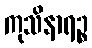
ကုသိနာရဉ္စ